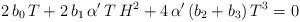
LaTeX: \begin{align*}2\,b_0\,T+2\,b_1\,\alpha'\,T\,H^2+4\,\alpha'\,(b_2+b_3)\,T^3 = 0\end{align*}